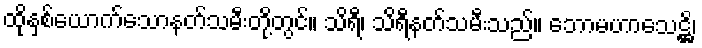
ထိုနှစ်ယောက်သောနတ်သမီးတို့တွင်။ သိရီ၊ သိရီနတ်သမီးသည်။ ဘောမဟာသေဋ္ဌိ၊